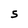
Character: S